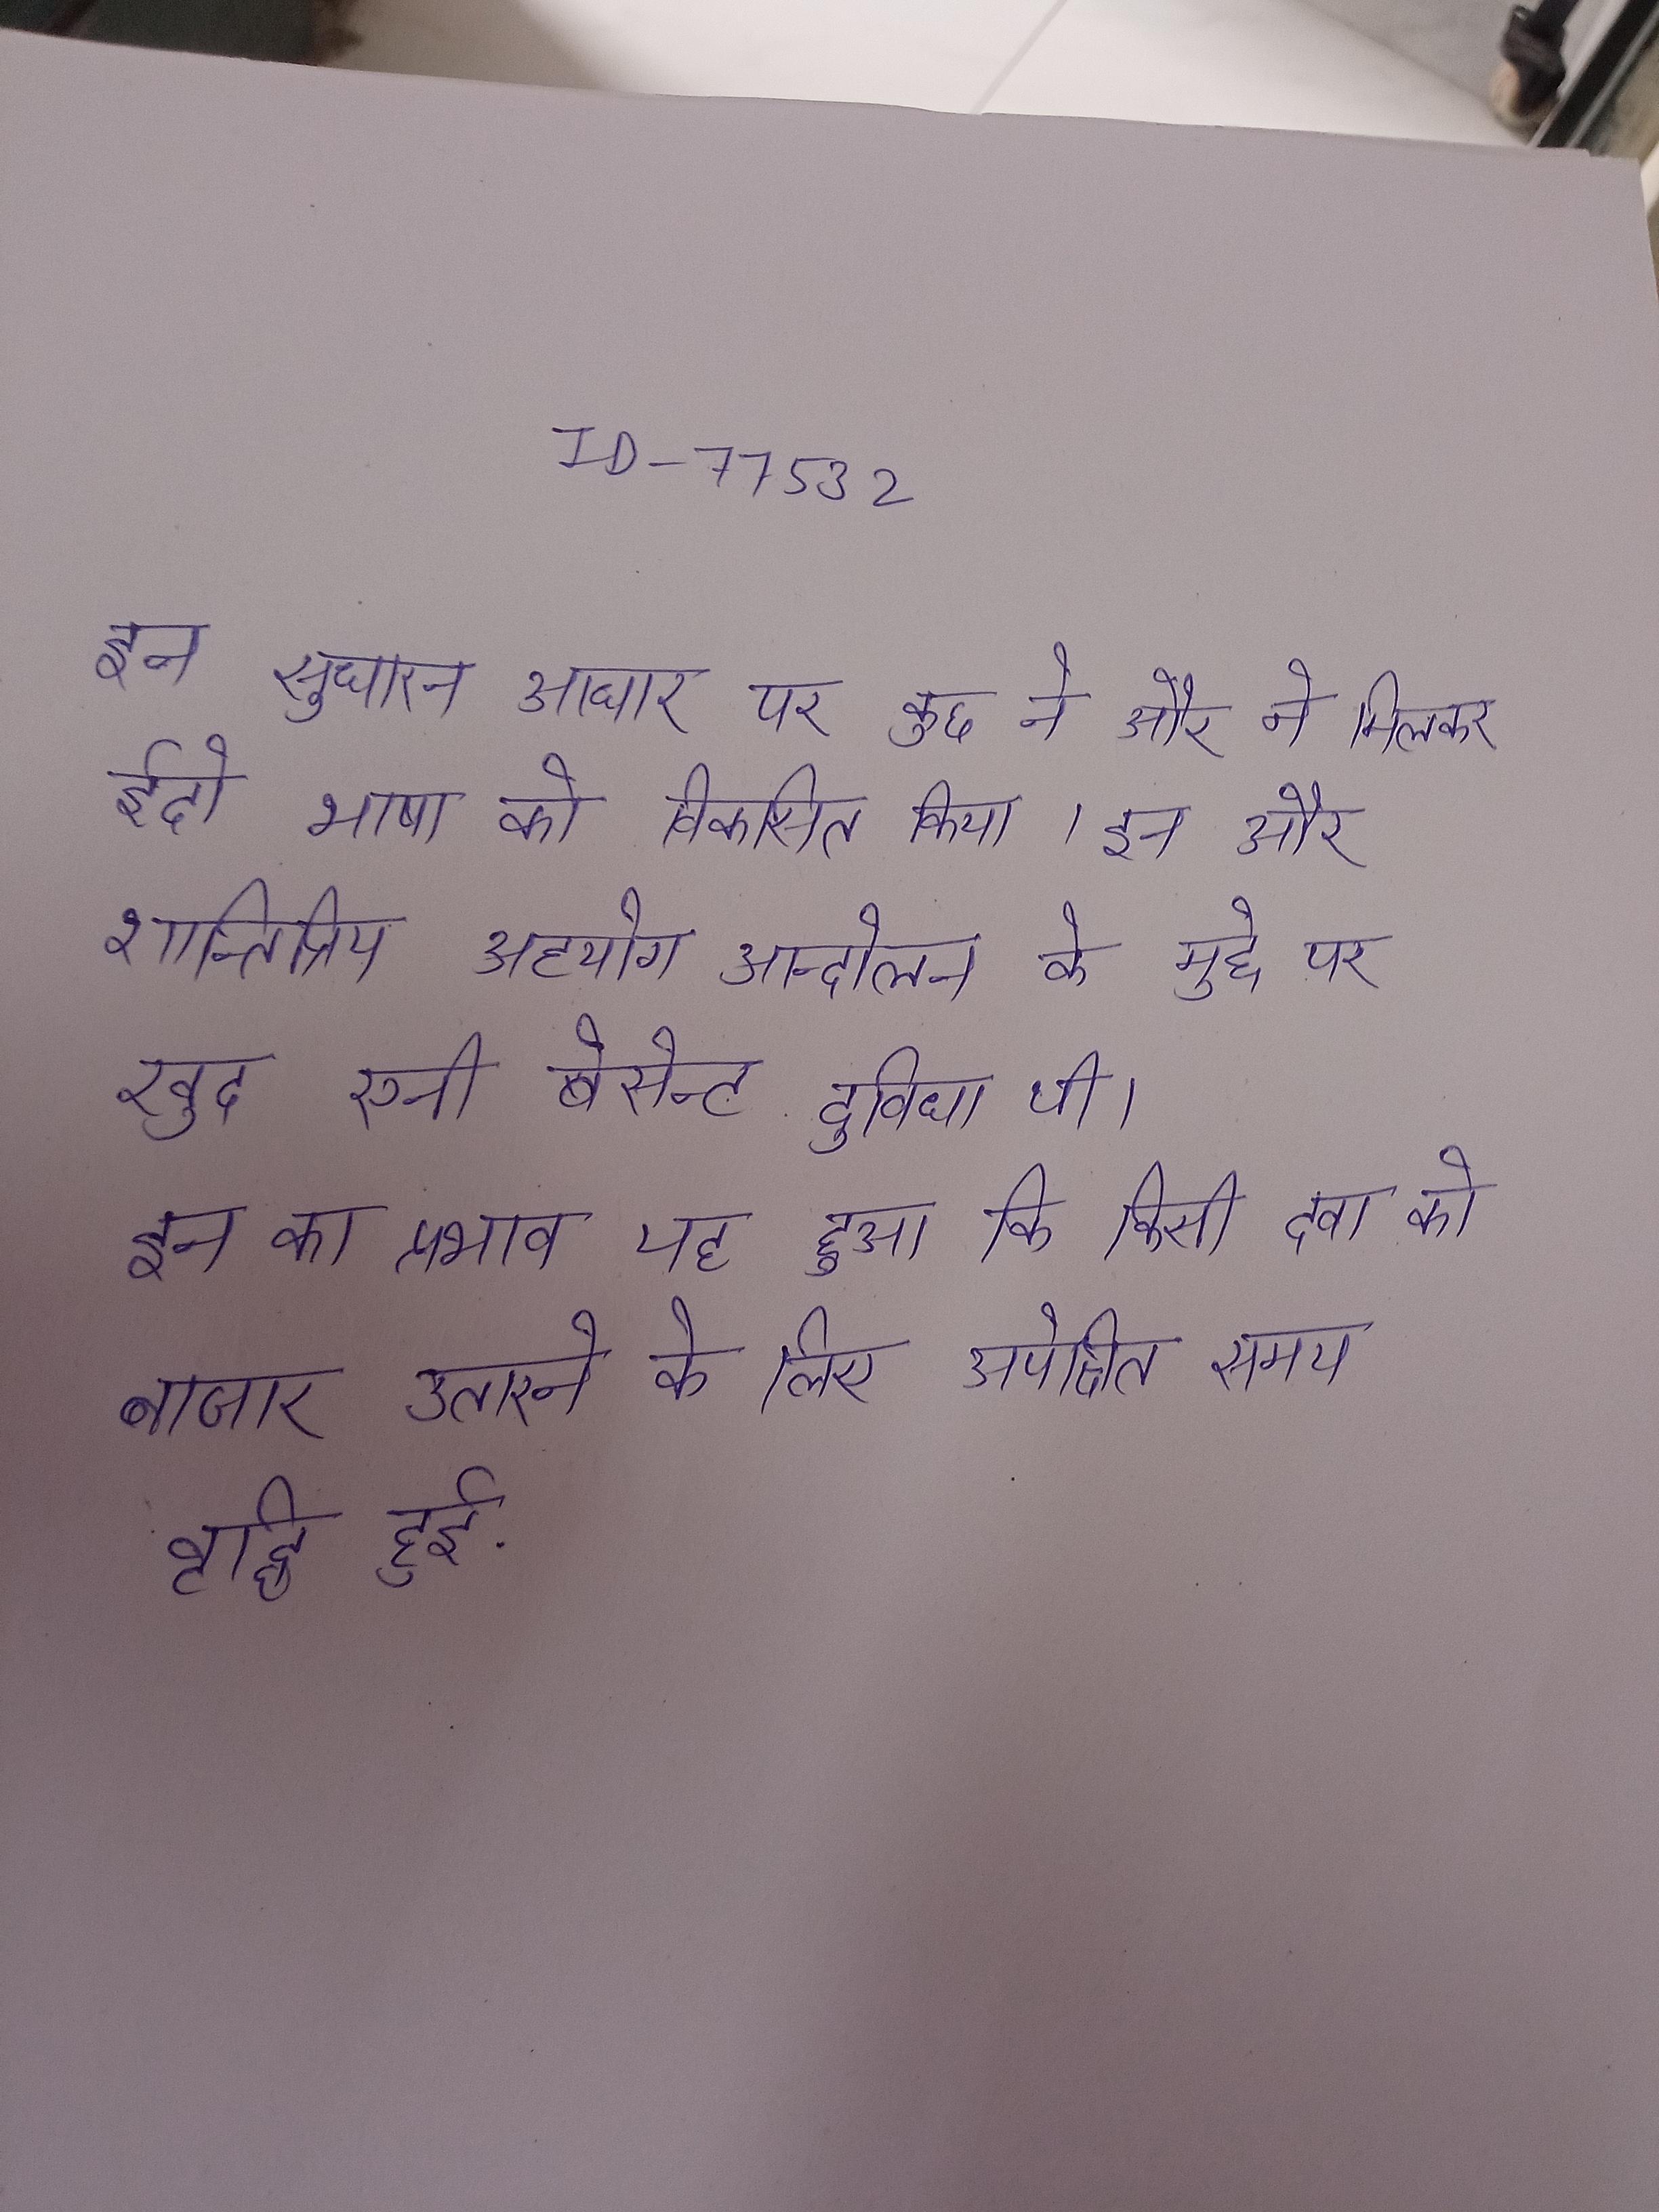
इन सुधारन आधार पर कुछ ने और ने मिलकर ईदो भाषा को विकसित किया । इन और शान्तिप्रिय असहयोग आन्दोलन के मुद्दे पर खुद एनी बेसेन्ट दुविधा थी । इन का प्रभाव यह हुआ कि किसी दवा को बाजार उतारने के लिए अपेक्षित समय वृद्धि हुई .